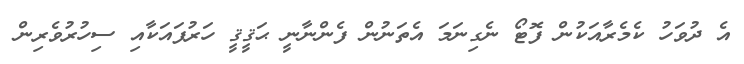
އެ ދުވަހު ކެމެރާއަކުން ފޮޓޯ ނެގިނަމަ އެތަނުން ފެންނާނީ ޙަޤީޤީ ހަރުފައަކާއި ސިހުރުވެރިން